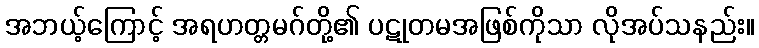
အဘယ့်ကြောင့် အရဟတ္တမဂ်တို့၏ ပဋုတမအဖြစ်ကိုသာ လိုအပ်သနည်း။